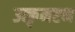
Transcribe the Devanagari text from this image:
उत्कृमष्टन